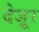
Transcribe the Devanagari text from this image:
देजूर